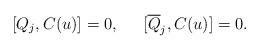
LaTeX: \begin{align*} [Q_{j}, C(u)]=0, \;\;\;\;\ [\overline{Q}_{j}, C(u)]=0.\end{align*}